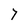
Character: 7